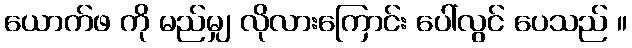
ယောက်ဖ ကို မည်မျှ လိုလားကြောင်း ပေါ်လွင် ပေသည် ။